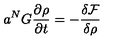
a ^ { N } G \frac { \partial \rho } { \partial t } = - \frac { \delta \mathcal { F } } { \delta \rho }